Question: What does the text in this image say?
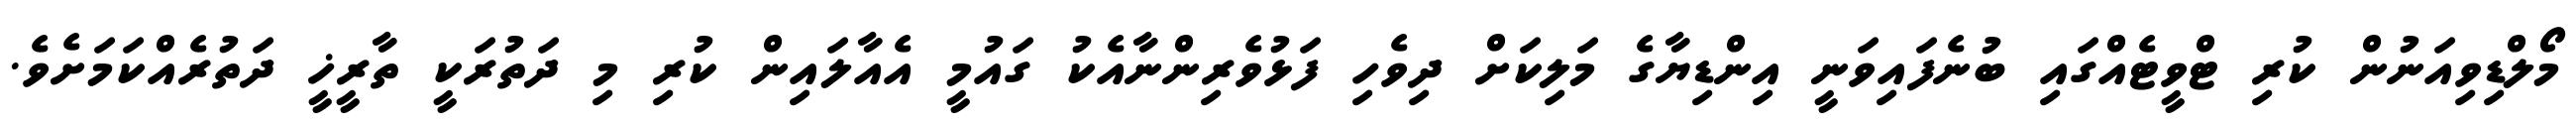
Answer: މޯލްޑިވިއަނުން ކުރި ޓްވީޓެއްގައި ބުނެފައިވަނީ އިންޑިޔާގެ މަލިކަށް ދިވެހި ފަޅުވެރިންނާއެކު ގައުމީ އެއާލައިން ކުރި މި ދަތުރަކީ ތާރީޚީ ދަތުރެއްކަމަށެވެ.